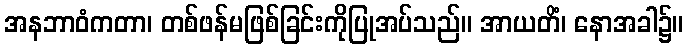
အနဘာဝံကတာ၊ တစ်ဖန်မဖြစ်ခြင်းကိုပြုအပ်သည်။ အာယတိံ၊ နောအခါ၌။